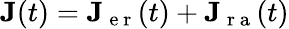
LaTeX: \textbf{J}(t)=\textbf{J}_{\mathrm{~e~r~}}(t)+\textbf{J}_{\mathrm{~r~a~}}(t)